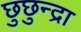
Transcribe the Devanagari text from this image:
छुछुन्द्रा